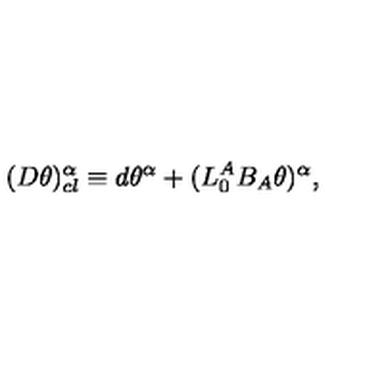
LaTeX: ( D \theta ) _ { c l } ^ { \alpha } \equiv d \theta ^ { \alpha } + ( L _ { 0 } ^ { A } B _ { A } \theta ) ^ { \alpha } ,